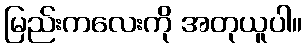
မြည်းကလေးကို အတုယူပါ။